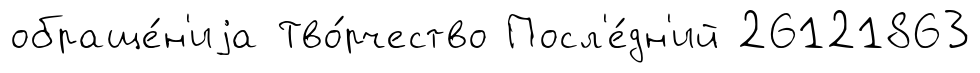
обраще́н'иjа Тво́рчество Посл'е́дн'ий 26121863